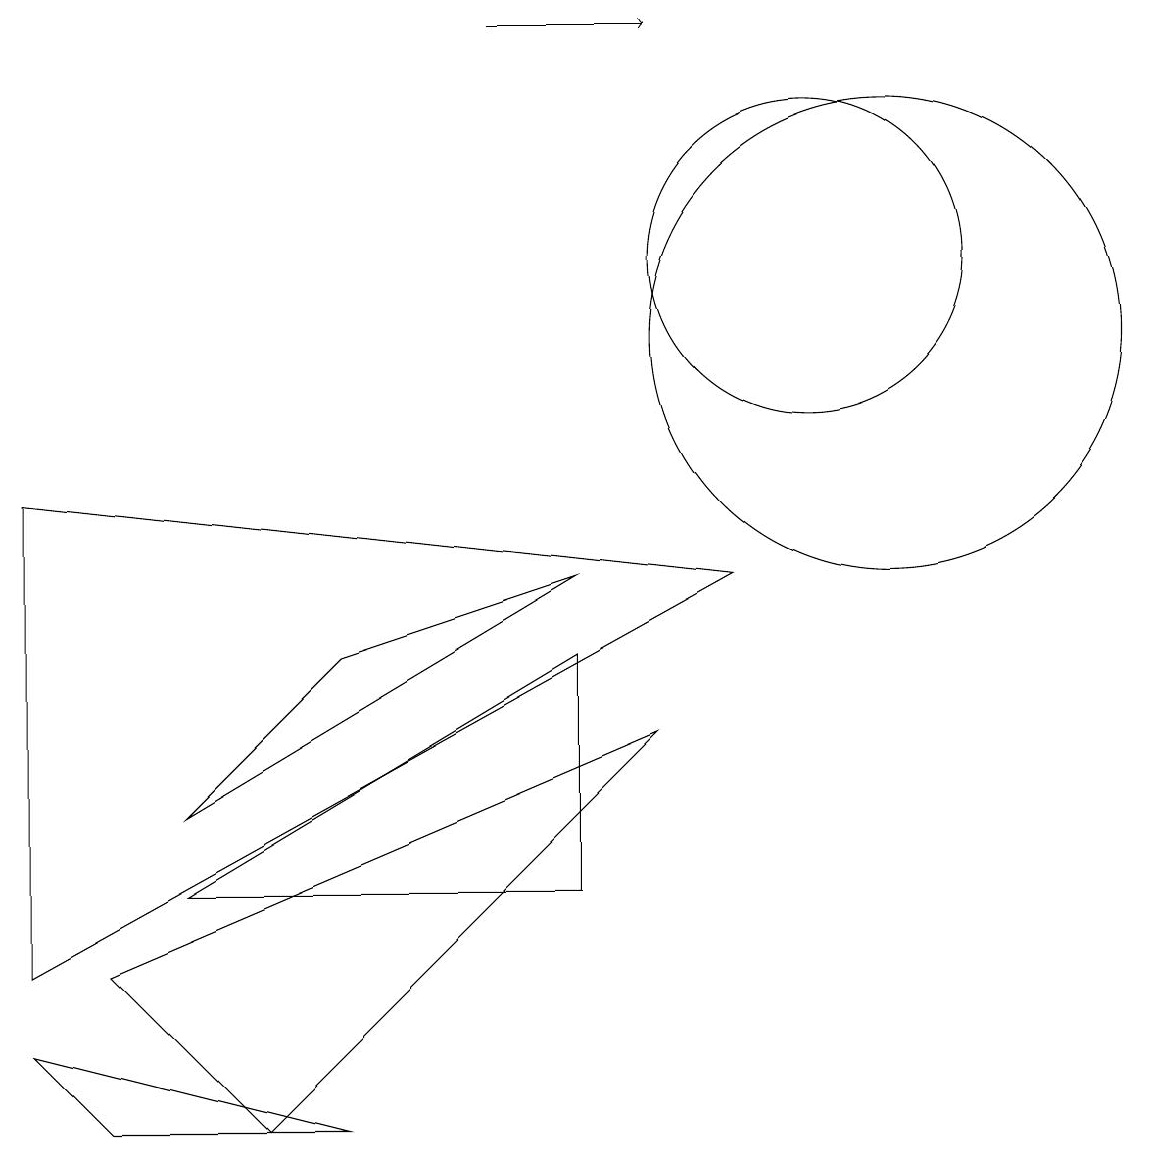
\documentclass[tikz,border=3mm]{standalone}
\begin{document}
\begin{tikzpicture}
\draw (2,4) -- (7,7) -- (4,6) -- cycle;
\draw (11,10) circle (3);
\draw (1,0) -- (0,1) -- (4,0) -- cycle;
\draw (0,2) -- (0,8) -- (9,7) -- cycle;
\draw (10,11) circle (2);
\draw[->] (6,14) -- (8,14);
\draw (7,3) -- (7,6) -- (2,3) -- cycle;
\draw (8,5) -- (1,2) -- (3,0) -- cycle;
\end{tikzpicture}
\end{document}